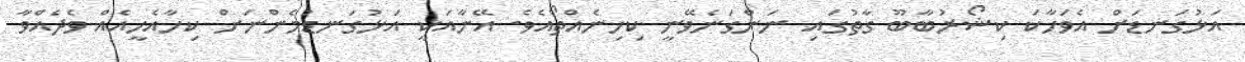
އަޅުގަނޑަށް އެވަހާކަ ކިޝޯރުބާބޫ ގާތުގައި ނަންގަނެވޭނީ ކިހިނެއްތޯއެވެ. އޭނާއަކީ އަޅުގަނޑުމެންނަށް ކިހާއެހީއެއް ވެދެއްވާ